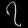
Digit: ၇